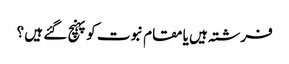
فرشتہ ہیں یا مقام نبوت کو پہنچ گئے ہیں ؟